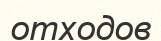
отходов